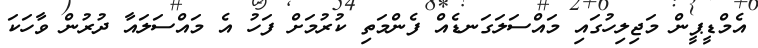
އެމްޑީޕީން މަޖިލިހުގައި މައްސަލަގަނޑެއް ފެންމަތި ކުރުމަށް ފަހު އެ މައްސަލައާ ދުރުން ވާހަކަ